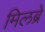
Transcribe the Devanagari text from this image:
मिलब्रे